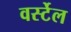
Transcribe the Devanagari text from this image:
वर्स्टेल